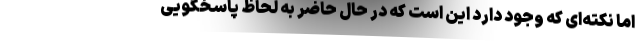
اما نکته‌ای که وجود دارد این است که در حال حاضر به لحاظ پاسخگویی